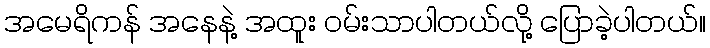
အမေရိကန် အနေနဲ့ အထူး ဝမ်းသာပါတယ်လို့ ပြောခဲ့ပါတယ်။